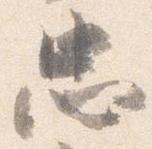
忠